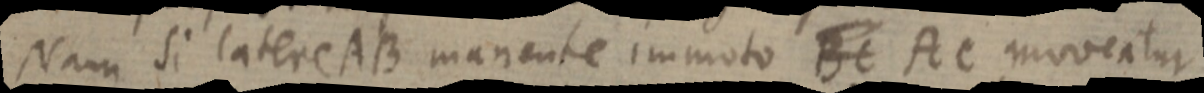
Nam si latere AB manente immoto BC AC moveatur